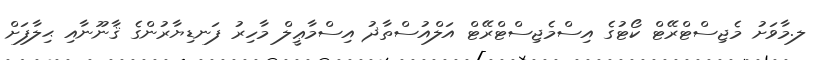
ލ.މާވަށު މެޖިސްޓްރޭޓް ކޯޓުގެ އިސްމެޖިސްޓްރޭޓް އަލްއުސްތާޛު އިސްމާޢީލް މާހިރު ފަނޑިޔާރުންގެ ޤާނޫނާއި ޙިލާފަށް